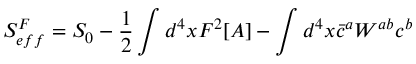
S _ { e f f } ^ { F } = S _ { 0 } - \frac { 1 } { 2 } \int d ^ { 4 } x F ^ { 2 } [ A ] - \int d ^ { 4 } x \bar { c } ^ { a } W ^ { a b } c ^ { b }